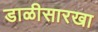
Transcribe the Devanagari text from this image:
डाळीसारखा